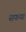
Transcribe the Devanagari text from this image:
सफया